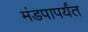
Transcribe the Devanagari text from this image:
मंडपापर्यंत